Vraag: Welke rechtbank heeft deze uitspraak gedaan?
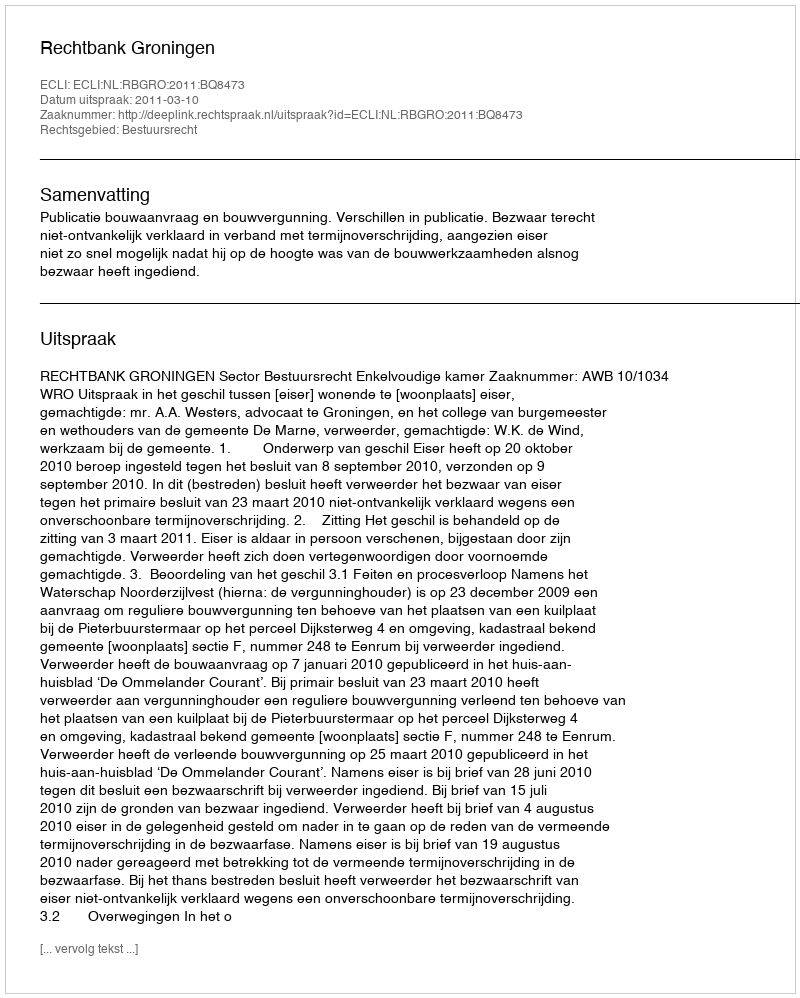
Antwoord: Rechtbank Groningen